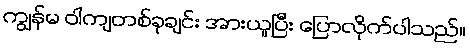
ကျွန်မ ဝါကျတစ်ခုချင်း အားယူပြီး ပြောလိုက်ပါသည်။